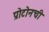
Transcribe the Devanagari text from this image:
प्रोटोनची